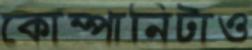
কোম্পানিটাও